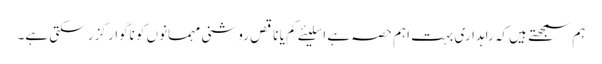
ہم سمجھتے ہیں کہ راہداری بہت اہم حصہ ہے اسلیئے کم یا ناقص روشنی مہمانوں کو ناگوار گزر سکتی ہے۔